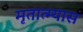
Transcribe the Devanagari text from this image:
मृतात्म्यास